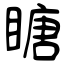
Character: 瞊